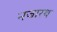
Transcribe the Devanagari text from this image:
नजारथ